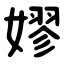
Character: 嫪